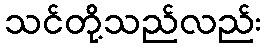
သင်တို့သည်လည်း